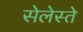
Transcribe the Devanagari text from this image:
सेलेस्ते